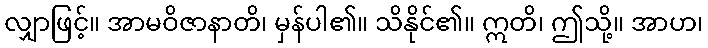
လျှာဖြင့်။ အာမဝိဇာနာတိ၊ မှန်ပါ၏။ သိနိုင်၏။ ဣတိ၊ ဤသို့။ အာဟ၊